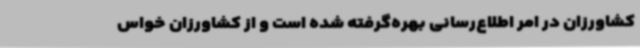
کشاورزان در امر اطلاع‌رسانی بهره‌گرفته شده است و از کشاورزان خواس